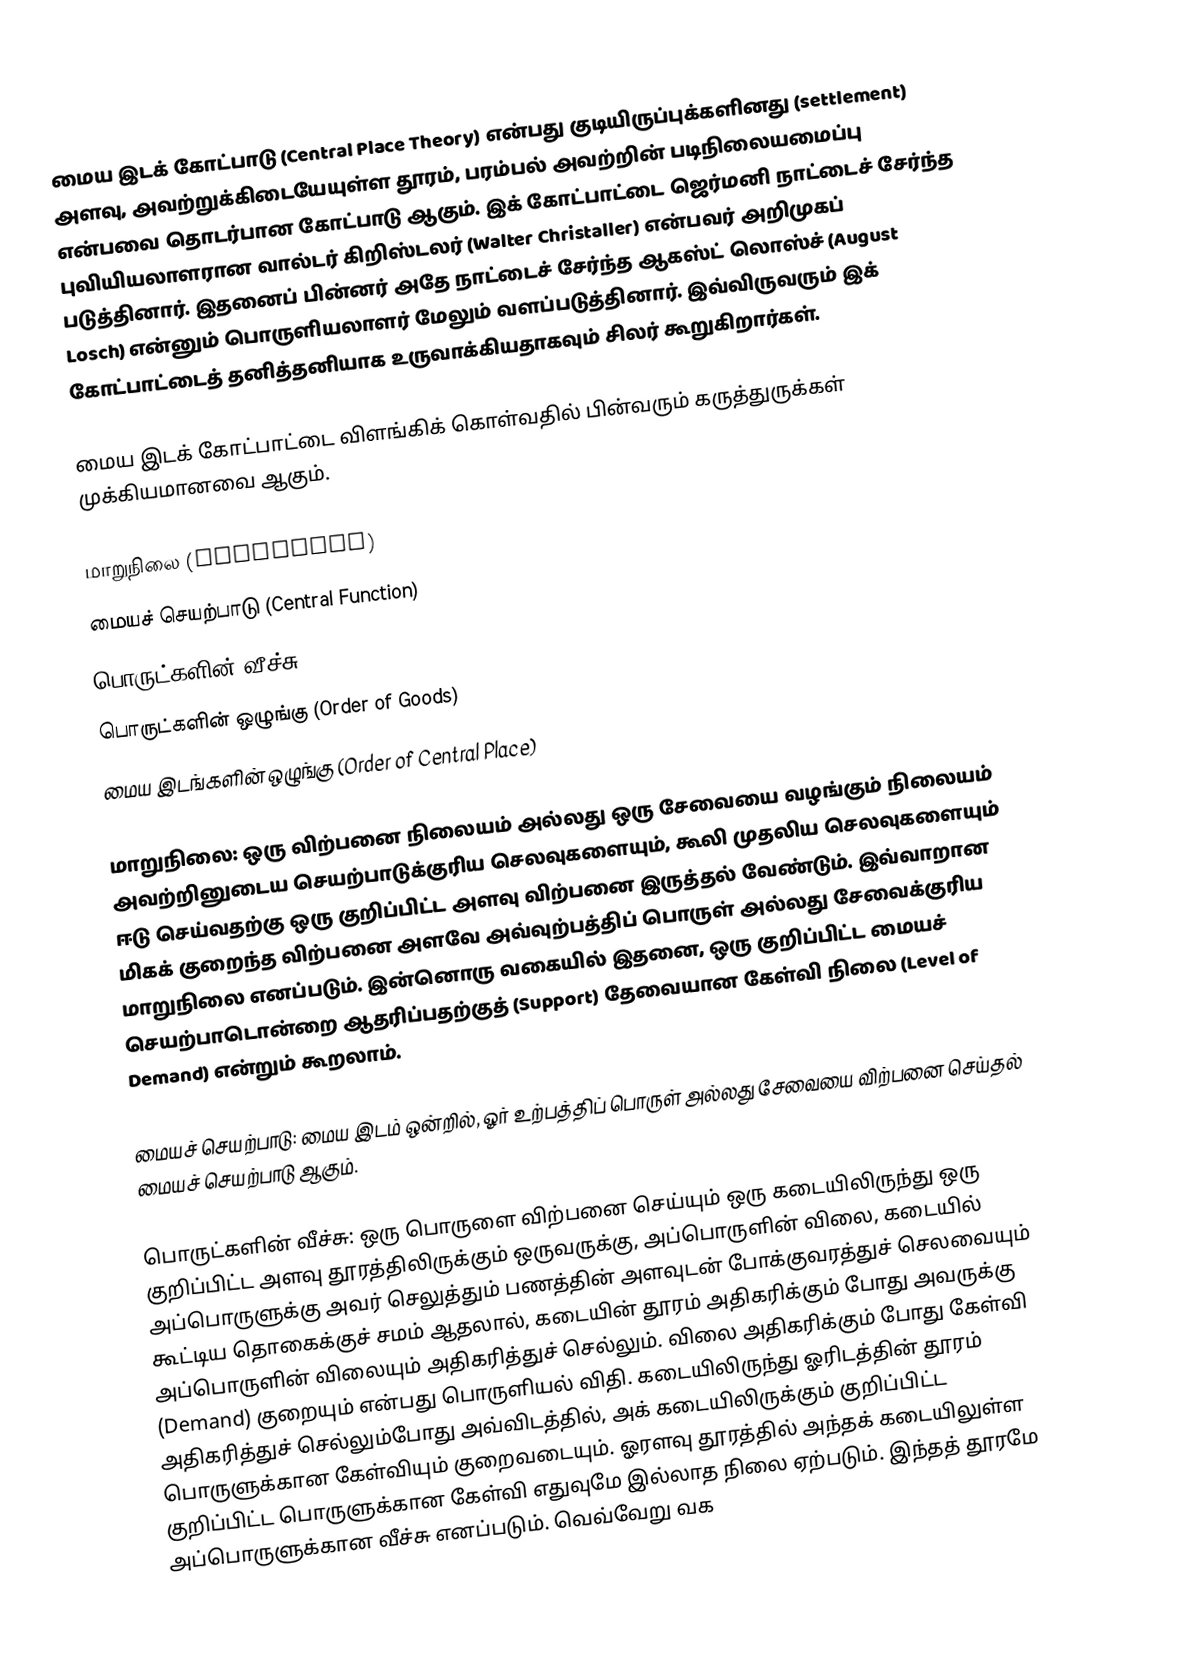
மைய இடக் கோட்பாடு (Central Place Theory) என்பது குடியிருப்புக்களினது (settlement) அளவு, அவற்றுக்கிடையேயுள்ள தூரம், பரம்பல் அவற்றின் படிநிலையமைப்பு என்பவை தொடர்பான கோட்பாடு ஆகும். இக் கோட்பாட்டை ஜெர்மனி நாட்டைச் சேர்ந்த புவியியலாளரான வால்டர் கிறிஸ்டலர் (Walter Christaller) என்பவர் அறிமுகப் படுத்தினார். இதனைப் பின்னர் அதே நாட்டைச் சேர்ந்த ஆகஸ்ட் லொஸ்ச் (August Losch) என்னும் பொருளியலாளர் மேலும் வளப்படுத்தினார். இவ்விருவரும் இக் கோட்பாட்டைத் தனித்தனியாக உருவாக்கியதாகவும் சிலர் கூறுகிறார்கள்.

மைய இடக் கோட்பாட்டை விளங்கிக் கொள்வதில் பின்வரும் கருத்துருக்கள் முக்கியமானவை ஆகும்.

 மாறுநிலை (Threshold)
 மையச் செயற்பாடு (Central Function)
 பொருட்களின் வீச்சு (Range of Goods)
 பொருட்களின் ஒழுங்கு (Order of Goods)
 மைய இடங்களின் ஒழுங்கு (Order of Central Place)

மாறுநிலை: ஒரு விற்பனை நிலையம் அல்லது ஒரு சேவையை வழங்கும் நிலையம் அவற்றினுடைய செயற்பாடுக்குரிய செலவுகளையும், கூலி முதலிய செலவுகளையும் ஈடு செய்வதற்கு ஒரு குறிப்பிட்ட அளவு விற்பனை இருத்தல் வேண்டும். இவ்வாறான மிகக் குறைந்த விற்பனை அளவே அவ்வுற்பத்திப் பொருள் அல்லது சேவைக்குரிய மாறுநிலை எனப்படும். இன்னொரு வகையில் இதனை, ஒரு குறிப்பிட்ட மையச் செயற்பாடொன்றை ஆதரிப்பதற்குத் (Support) தேவையான கேள்வி நிலை (Level of Demand) என்றும் கூறலாம்.

மையச் செயற்பாடு: மைய இடம் ஒன்றில், ஓர் உற்பத்திப் பொருள் அல்லது சேவையை விற்பனை செய்தல் மையச் செயற்பாடு ஆகும்.

பொருட்களின் வீச்சு: ஒரு பொருளை விற்பனை செய்யும் ஒரு கடையிலிருந்து ஒரு குறிப்பிட்ட அளவு தூரத்திலிருக்கும் ஒருவருக்கு, அப்பொருளின் விலை, கடையில் அப்பொருளுக்கு அவர் செலுத்தும் பணத்தின் அளவுடன் போக்குவரத்துச் செலவையும் கூட்டிய தொகைக்குச் சமம் ஆதலால், கடையின் தூரம் அதிகரிக்கும் போது அவருக்கு அப்பொருளின் விலையும் அதிகரித்துச் செல்லும். விலை அதிகரிக்கும் போது கேள்வி (Demand) குறையும் என்பது பொருளியல் விதி. கடையிலிருந்து ஓரிடத்தின் தூரம் அதிகரித்துச் செல்லும்போது அவ்விடத்தில், அக் கடையிலிருக்கும் குறிப்பிட்ட பொருளுக்கான கேள்வியும் குறைவடையும். ஓரளவு தூரத்தில் அந்தக் கடையிலுள்ள குறிப்பிட்ட பொருளுக்கான கேள்வி எதுவுமே இல்லாத நிலை ஏற்படும். இந்தத் தூரமே அப்பொருளுக்கான வீச்சு எனப்படும். வெவ்வேறு வக